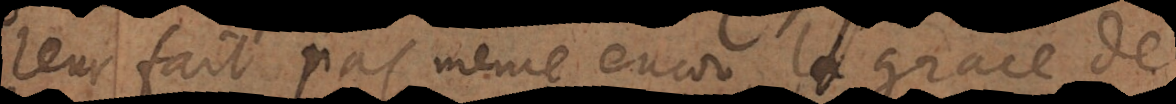
leur fait pas même encor la grace de